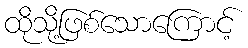
ထိုသို့ဖြစ်သောကြောင့်